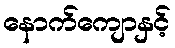
နောက်ကျောနှင့်